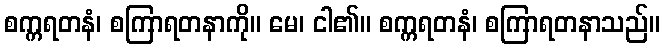
စက္ကရတနံ၊ စကြာရတနာကို။ မေ၊ ငါ၏။ စက္ကရတနံ၊ စကြာရတနာသည်။